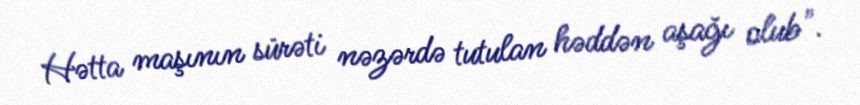
Hətta maşının sürəti nəzərdə tutulan həddən aşağı olub".